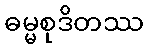
ဓမ္မစုဒိတဿ